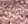
ابيك